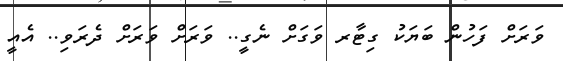
ވަރަށް ފަހުން ބަޔަކު ގިޓާރ ވަގަށް ނެގީ.. ވަރަށް ވަރަށް ދެރަވި.. އެއީ